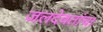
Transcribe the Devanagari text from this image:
जलदेवतांचा